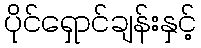
ပိုင်ရှောင်ချန်းနှင့်